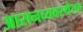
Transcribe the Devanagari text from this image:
आसनव्यवस्थेसह